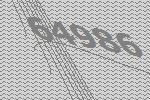
64986